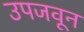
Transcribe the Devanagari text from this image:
उपजवून